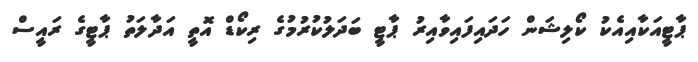
ޕާޓީއަކާއިއެކު ކޯލިޝަން ހަދައިފައިވާއިރު ޕާޓީ ބަދަލުކުރުމުގެ ރިކޯޑް އޮތީ އަދާލަތު ޕާޓީގެ ރައީސް